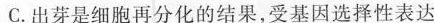
C.出芽是细胞再分化的结果，受基因选择性表达